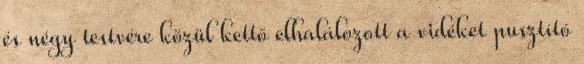
és négy testvére közül kettő elhalálozott a vidéket pusztító